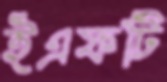
ইএফটি